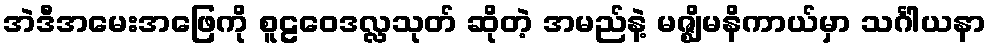
အဲဒီအမေးအဖြေကို စူဠဝေဒလ္လသုတ် ဆိုတဲ့ အမည်နဲ့ မဇ္ဈိမနိကာယ်မှာ သင်္ဂါယနာ